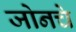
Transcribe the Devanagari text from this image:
जोनचे